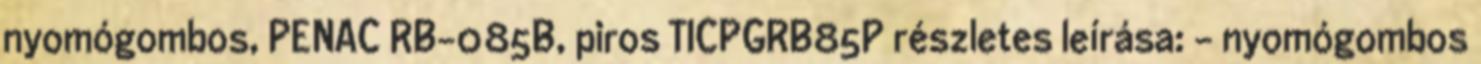
nyomógombos, PENAC RB-085B, piros TICPGRB85P részletes leírása: - nyomógombos